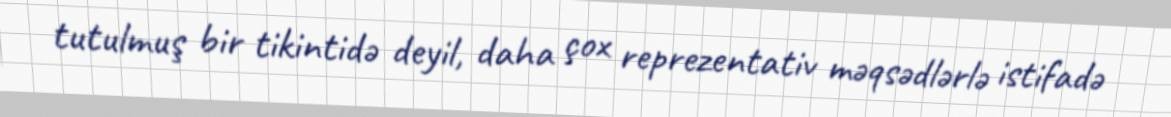
tutulmuş bir tikintidə deyil, daha çox reprezentativ məqsədlərlə istifadə